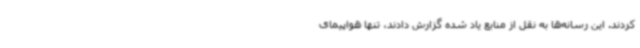
کردند. این رسانه‌ها به نقل از منابع یاد شده گزارش دادند، تنها هواپیمای